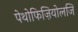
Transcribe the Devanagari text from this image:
पेथोफिज़ियोलजि